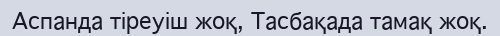
Аспанда тіреуіш жоқ,	Тасбақада тамақ жоқ.